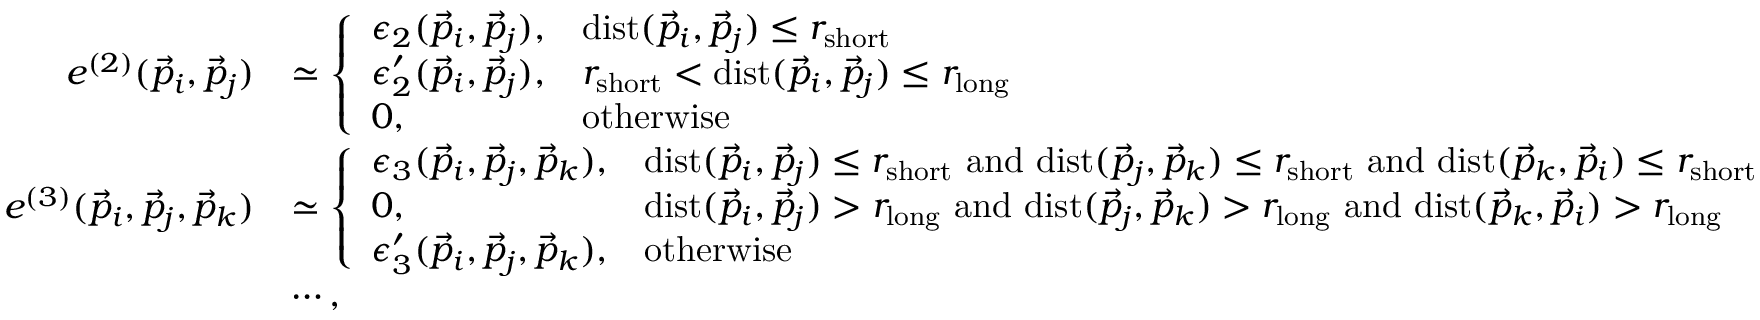
\begin{array} { r l } { e ^ { ( 2 ) } ( \vec { p } _ { i } , \vec { p } _ { j } ) } & { \simeq \left\{ \begin{array} { l l } { \epsilon _ { 2 } ( \vec { p } _ { i } , \vec { p } _ { j } ) , } & { \mathrm { d i s t } ( \vec { p } _ { i } , \vec { p } _ { j } ) \leq r _ { \mathrm { s h o r t } } } \\ { \epsilon _ { 2 } ^ { \prime } ( \vec { p } _ { i } , \vec { p } _ { j } ) , } & { r _ { \mathrm { s h o r t } } < \mathrm { d i s t } ( \vec { p } _ { i } , \vec { p } _ { j } ) \leq r _ { \mathrm { l o n g } } } \\ { 0 , } & { \mathrm { o t h e r w i s e } } \end{array} \right. } \\ { e ^ { ( 3 ) } ( \vec { p } _ { i } , \vec { p } _ { j } , \vec { p } _ { k } ) } & { \simeq \left\{ \begin{array} { l l } { \epsilon _ { 3 } ( \vec { p } _ { i } , \vec { p } _ { j } , \vec { p } _ { k } ) , } & { \mathrm { d i s t } ( \vec { p } _ { i } , \vec { p } _ { j } ) \leq r _ { \mathrm { s h o r t } } \ \mathrm { a n d } \ \mathrm { d i s t } ( \vec { p } _ { j } , \vec { p } _ { k } ) \leq r _ { \mathrm { s h o r t } } \ \mathrm { a n d } \ \mathrm { d i s t } ( \vec { p } _ { k } , \vec { p } _ { i } ) \leq r _ { \mathrm { s h o r t } } } \\ { 0 , } & { \mathrm { d i s t } ( \vec { p } _ { i } , \vec { p } _ { j } ) > r _ { \mathrm { l o n g } } \ \mathrm { a n d } \ \mathrm { d i s t } ( \vec { p } _ { j } , \vec { p } _ { k } ) > r _ { \mathrm { l o n g } } \ \mathrm { a n d } \ \mathrm { d i s t } ( \vec { p } _ { k } , \vec { p } _ { i } ) > r _ { \mathrm { l o n g } } } \\ { \epsilon _ { 3 } ^ { \prime } ( \vec { p } _ { i } , \vec { p } _ { j } , \vec { p } _ { k } ) , } & { \mathrm { o t h e r w i s e } } \end{array} \right. } \\ & { \cdots , } \end{array}